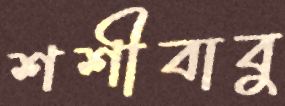
শশীবাবু